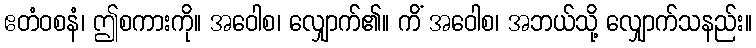
ဧတံဝစနံ၊ ဤစကားကို။ အဝေါစ၊ လျှောက်၏။ ကိံ အဝေါစ၊ အဘယ်သို့ လျှောက်သနည်း။